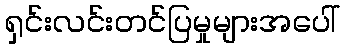
ရှင်းလင်းတင်ပြမှုများအပေါ်